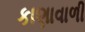
કાણાવાળી